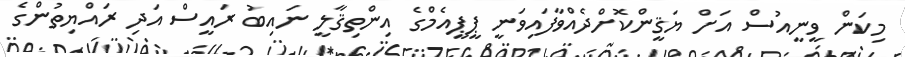
މިކަން ވީނީއުސް އަށް ޔަޤީންކޮށްދެއްވާފައިވަނީ ޕީޕީއެމްގެ އިންތިޤާލީ ނައިބު ރައީސް އަދި ރައްޔިތުންގެ